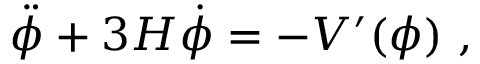
\ddot { \phi } + 3 H \dot { \phi } = - { V ^ { \prime } ( \phi ) } \ ,